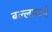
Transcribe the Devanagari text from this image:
बल्लाळने